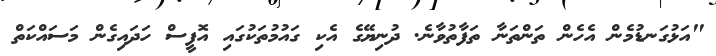
"އަޅުގަނޑުމެން އެހެން ތަންތަނާ ތަފާތުވާނެ. ދުނިޔޭގެ އެކި ގައުމުތަކުގައި އޮފީސް ހަދައިގެން މަސައްކަތް